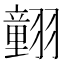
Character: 𦒍